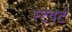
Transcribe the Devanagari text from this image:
स्टेवर्ट